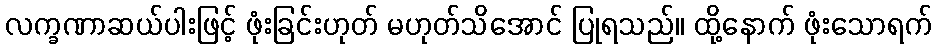
လက္ခဏာဆယ်ပါးဖြင့် ဖုံးခြင်းဟုတ် မဟုတ်သိအောင် ပြုရသည်။ ထို့နောက် ဖုံးသောရက်